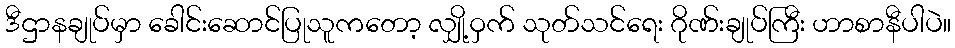
ဒီဌာနချုပ်မှာ ခေါင်းဆောင်ပြုသူကတော့ လျှို့ဝှက် သုတ်သင်ရေး ဂိုဏ်းချုပ်ကြီး ဟာစာနီပါပဲ။